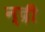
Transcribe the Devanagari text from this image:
न्द्री